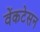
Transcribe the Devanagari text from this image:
वेंकटेसन